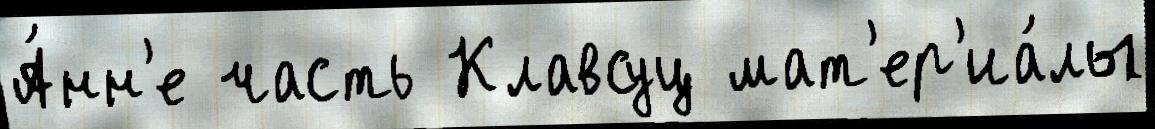
А́нн'е часть Клавсуц мат'ер'иа́лы